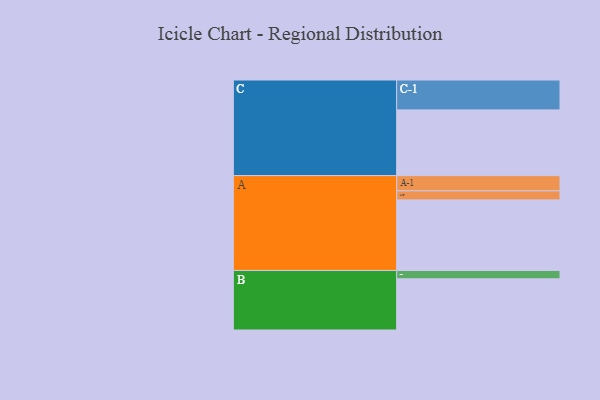
{"axis": {"x": "Segment", "y": "Value"}, "legend": ["", "A", "B", "C"], "data": [{"x": "A", "y": 491, "type": ""}, {"x": "B", "y": 356, "type": ""}, {"x": "C", "y": 457, "type": ""}, {"x": "A-1", "y": 106, "type": "A"}, {"x": "A-2", "y": 63, "type": "A"}, {"x": "B-1", "y": 58, "type": "B"}, {"x": "C-1", "y": 208, "type": "C"}]}